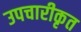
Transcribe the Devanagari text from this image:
उपचारीकृत